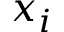
x _ { i }